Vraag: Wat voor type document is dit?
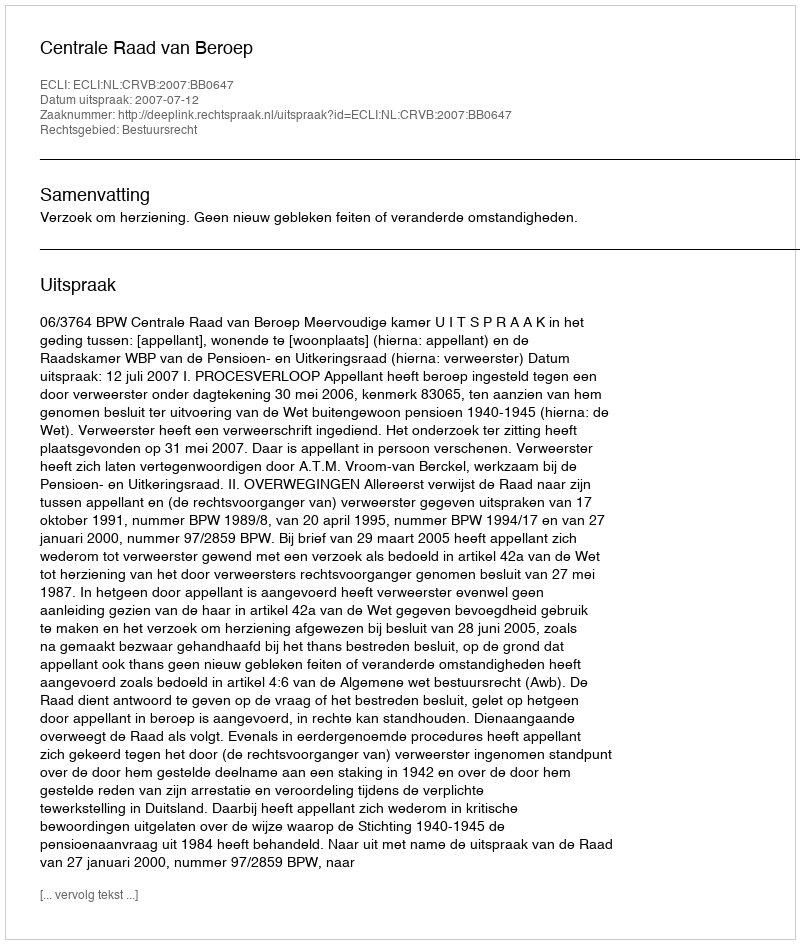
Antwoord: Uitspraak